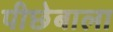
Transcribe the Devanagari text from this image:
पीछेबाला